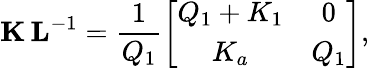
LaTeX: {\mathbf K}\, {\mathbf L}^{-1}={\frac{1}{Q_{1}}}\biggl[\begin{array}{cc}{{Q_{1}+K_{1}}}&{{0}}\\ {{K_{a}}}&{{Q_{1}}}\end{array}\biggr],